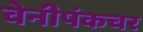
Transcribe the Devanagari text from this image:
वेनीपंकचर